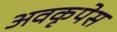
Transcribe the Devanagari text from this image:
अवकृपेस